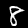
Label: 8